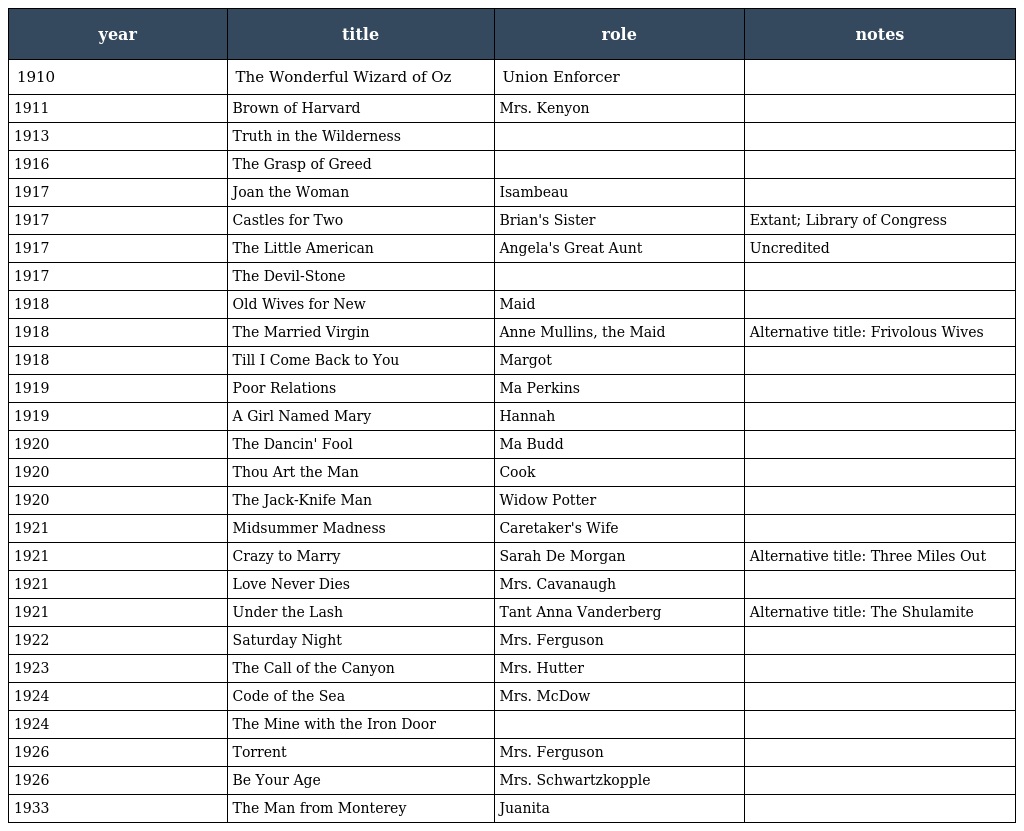
| year | title | role | notes |
 | --- | --- | --- | --- |
 | 1910 | The Wonderful Wizard of Oz | Union Enforcer |  |
 | 1911 | Brown of Harvard | Mrs. Kenyon |  |
 | 1913 | Truth in the Wilderness |  |  |
 | 1916 | The Grasp of Greed |  |  |
 | 1917 | Joan the Woman | Isambeau |  |
 | 1917 | Castles for Two | Brian's Sister | Extant; Library of Congress |
 | 1917 | The Little American | Angela's Great Aunt | Uncredited |
 | 1917 | The Devil-Stone |  |  |
 | 1918 | Old Wives for New | Maid |  |
 | 1918 | The Married Virgin | Anne Mullins, the Maid | Alternative title: Frivolous Wives |
 | 1918 | Till I Come Back to You | Margot |  |
 | 1919 | Poor Relations | Ma Perkins |  |
 | 1919 | A Girl Named Mary | Hannah |  |
 | 1920 | The Dancin' Fool | Ma Budd |  |
 | 1920 | Thou Art the Man | Cook |  |
 | 1920 | The Jack-Knife Man | Widow Potter |  |
 | 1921 | Midsummer Madness | Caretaker's Wife |  |
 | 1921 | Crazy to Marry | Sarah De Morgan | Alternative title: Three Miles Out |
 | 1921 | Love Never Dies | Mrs. Cavanaugh |  |
 | 1921 | Under the Lash | Tant Anna Vanderberg | Alternative title: The Shulamite |
 | 1922 | Saturday Night | Mrs. Ferguson |  |
 | 1923 | The Call of the Canyon | Mrs. Hutter |  |
 | 1924 | Code of the Sea | Mrs. McDow |  |
 | 1924 | The Mine with the Iron Door |  |  |
 | 1926 | Torrent | Mrs. Ferguson |  |
 | 1926 | Be Your Age | Mrs. Schwartzkopple |  |
 | 1933 | The Man from Monterey | Juanita |  |